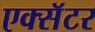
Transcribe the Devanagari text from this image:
एक्सॅटर